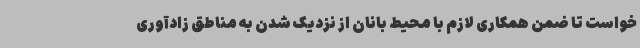
خواست تا ضمن همکاری لازم با محیط بانان از نزدیک شدن به مناطق زادآوری